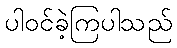
ပါဝင်ခဲ့ကြပါသည်